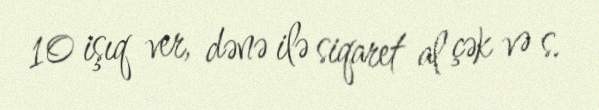
10 işıq ver, dənə ilə siqaret al çək və s.